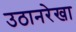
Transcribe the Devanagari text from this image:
उठानरेखा